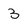
Character: 3